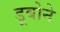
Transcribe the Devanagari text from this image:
डूबोने